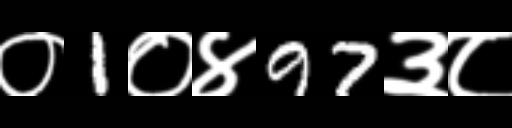
Text: ०1०४97३८